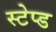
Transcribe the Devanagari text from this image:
स्टेप्ड